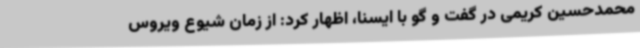
محمدحسین کریمی در گفت و گو با ایسنا، اظهار کرد: از زمان شیوع ویروس